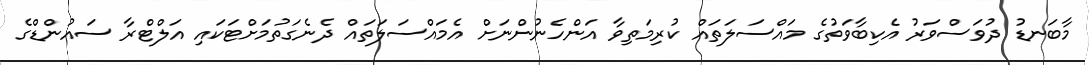
މާބަނޑު ދުވަސްވަރު އެކިބާވަތުގެ މައްސަލަތައް ކުރިމަތިވާ އަންހެނުންނަށް އެމައްސަލަތައް ދެނެގަތުމަށްޓަކައި އަލްޓްރާ ސައުންޑްގެ